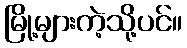
မြို့များကဲ့သို့ပင်။